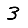
Digit: 3